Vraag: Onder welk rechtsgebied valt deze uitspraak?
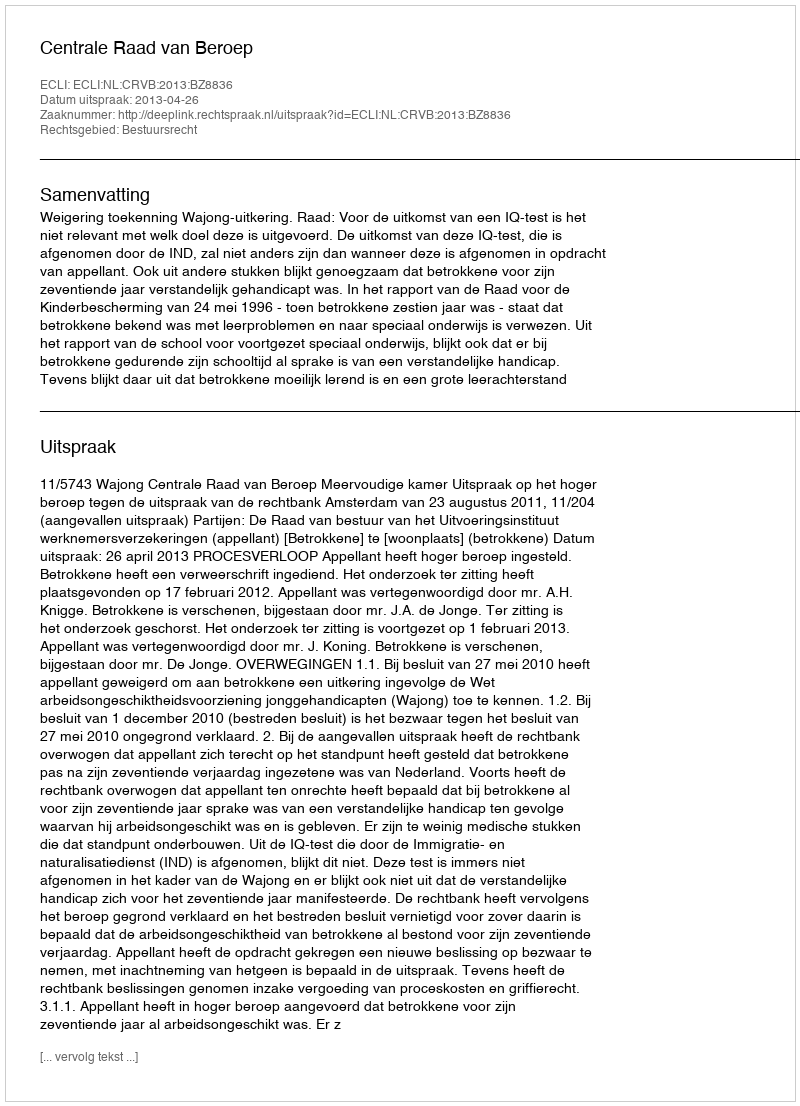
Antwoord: Bestuursrecht